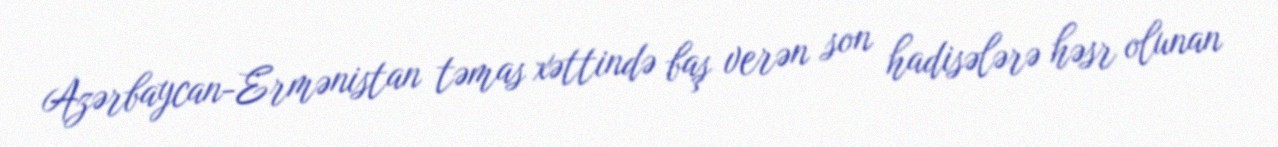
Azərbaycan-Ermənistan təmas xəttində baş verən son hadisələrə həsr olunan